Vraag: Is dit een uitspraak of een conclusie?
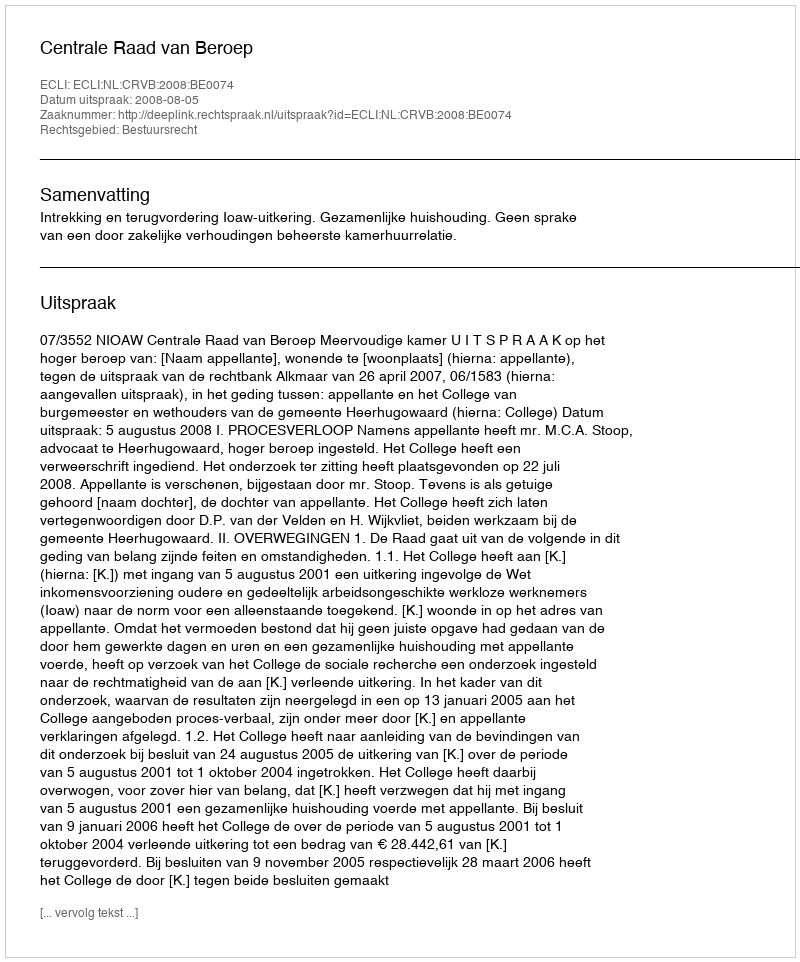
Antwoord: Uitspraak